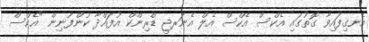
އެނގިފައިވާ ގޮތުގައި އެކްސް އެކްސް އެލް އެނަރޖީ ޑްރިންކް އުފައްދާ ކުންފުނިން "އެކްސް